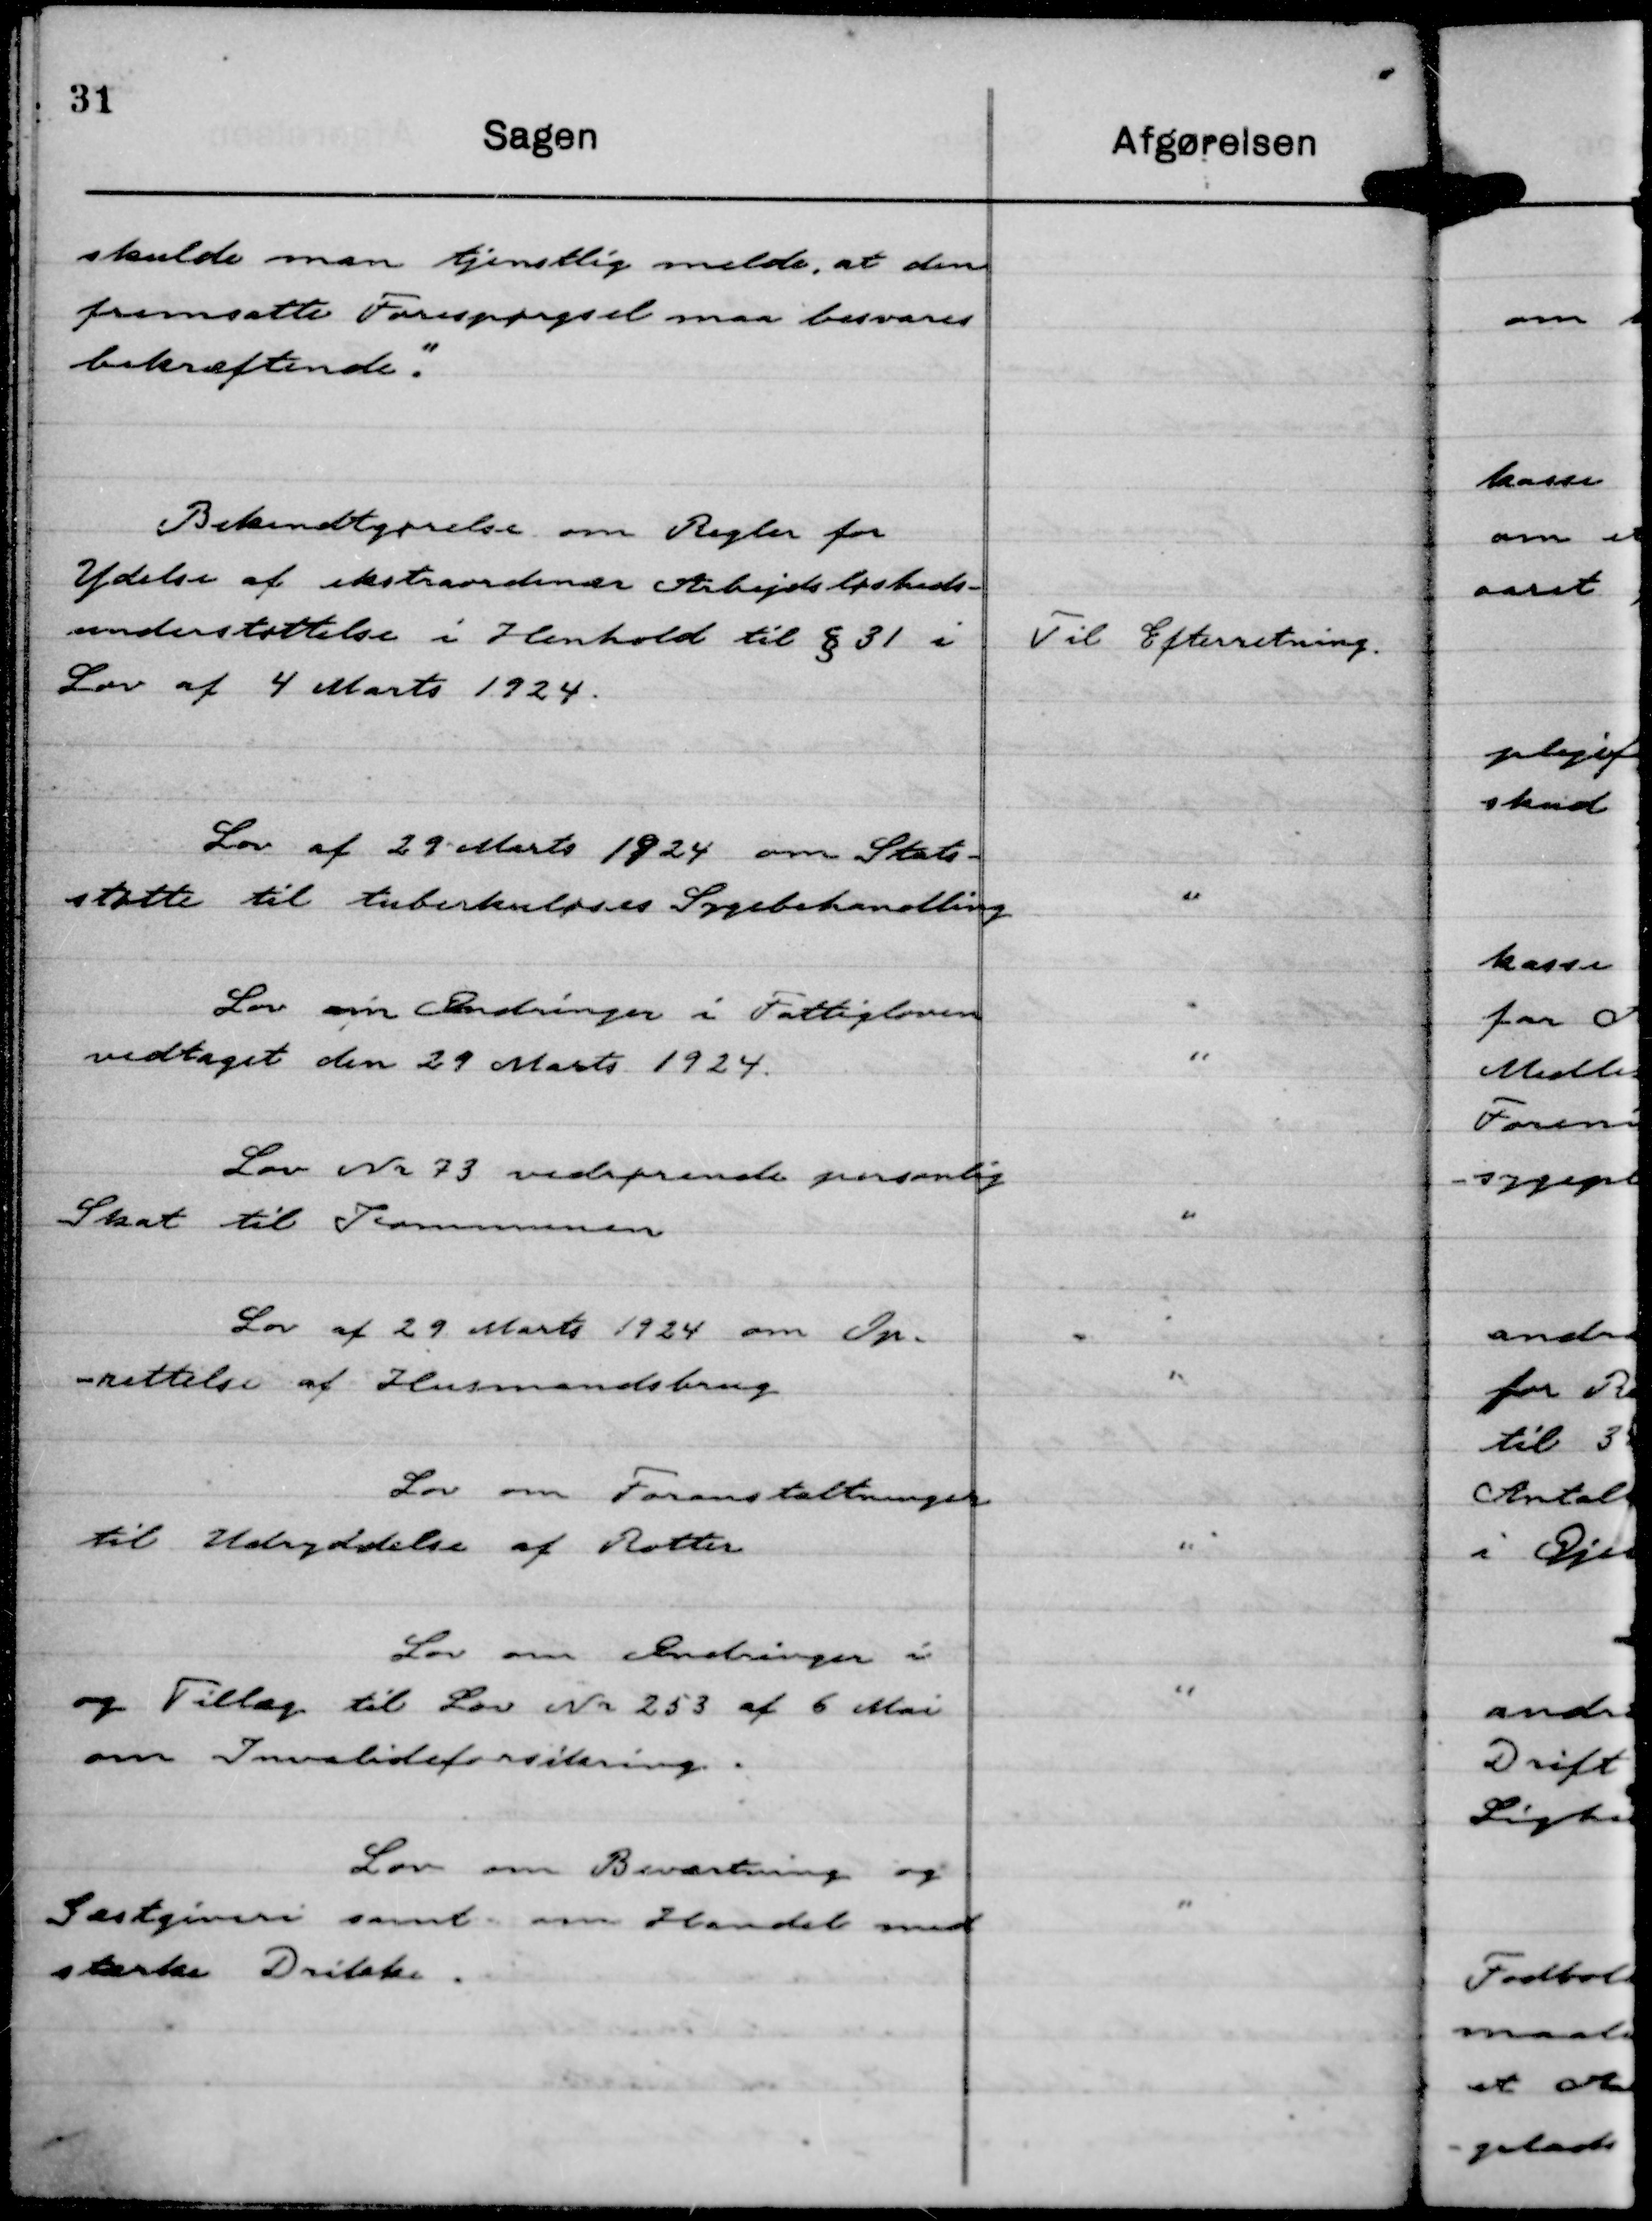
Transskription:
skulde man tjenstlig melde, at den
fremsatte Forespørgsel maa besvares
bekræftende".

Bekendtgørelse om Regler for
Ydelse ekstraordinær Arbejdsløsheds-
understøttelse i Henhold til § 31 i
Lov af 4 Marts 1924.

Til Efterretning

Lov af 29 Marts 1924 om Stats-
støtte til tuberkuloses Sygebehandling

"

Lov om Ændringer i Fattigloven
vedtaget den 29 Marts 1924.

"

Lov Nr 73 vedrørende personlig
Skat til Kommunen

"

Lov af 29 Marts 1924 om Op-
rettelse af Husmandsbrug

"

Lov om Foranstaltninger
til Udryddelse af Rotter

"

Lov om Ændringer i
og Tillæg til Lov Nr 253 af 6 Mai
om Invalideforsikring.

"

Lov om Beværtning og
Gæstgiveri samt om Handel med
stærke Drikke.

"